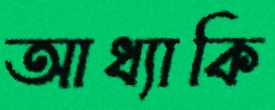
আধ্যাকি